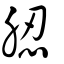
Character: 䏰